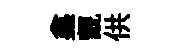
鑫覿供